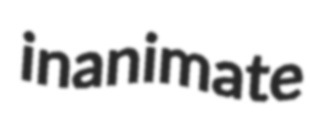
inanimate